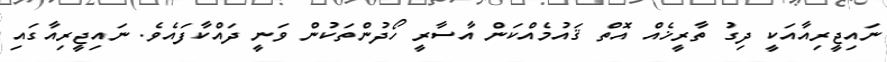
ނައިޖީރިއާއަކީ ދިގު ތާރީޚެއް އޮތް ޤައުމެއްކަން އާސާރީ ހޯދުންތަކުން ވަނީ ދައްކާފައެވެ. ނައިޖީރިއާގައި